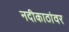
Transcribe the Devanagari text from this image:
नदीकाठांवर